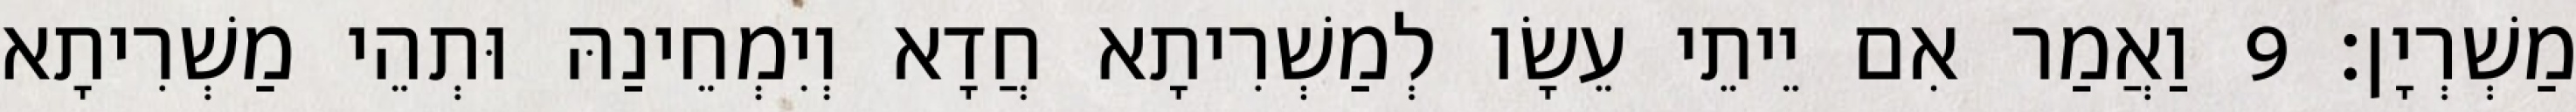
מַשְׁרְיָן׃ 9 וַאֲמַר אִם יֵיתֵי עֵשָׂו לְמַשְׁרִיתָא חֲדָא וְיִמְחֵינַהּ וּתְהֵי מַשְׁרִיתָא